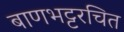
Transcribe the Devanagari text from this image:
बाणभट्टरचित